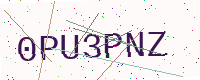
Text: 0PU3PNZ